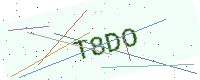
Text: T8DO